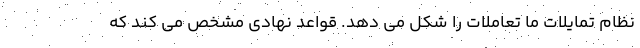
نظام تمایلات ما تعاملات را شکل می دهد. قواعد نهادی مشخص می کند که